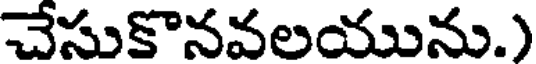
చేసుకొనవలయును.)